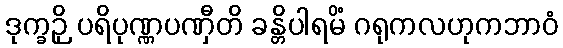
ဒုက္ခဉှိ ပရိပုဏ္ဏပဏှီတိ ခန္တိပါရမိံ ဂရုကလဟုကဘာဝံ